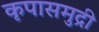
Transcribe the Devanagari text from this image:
कृपासमुद्री